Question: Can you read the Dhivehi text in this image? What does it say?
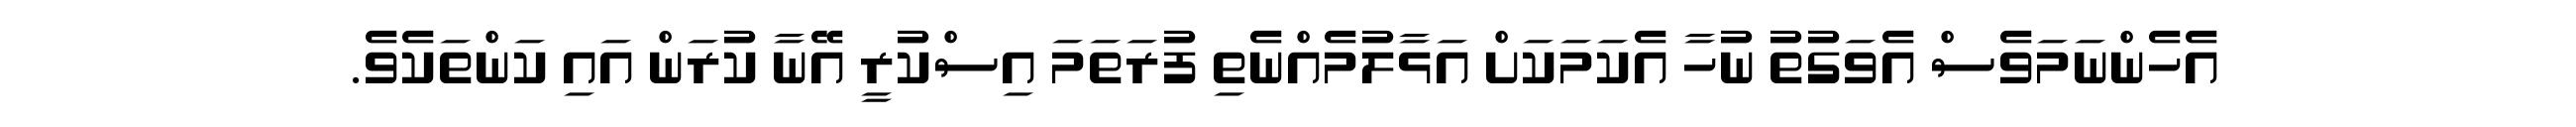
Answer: އެހެންނަމަވެސް އެވަގުތު ނުހާ އެކަމަކަށް އަޅާލުމެއްނެތި ފުރަތަމަ އިސްކުރީ އޭނާ ކުރަން އައި ކަންތަކެވެ.